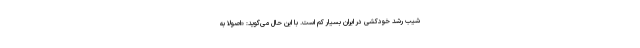
شیب رشد خودکشی در ایران بسیار کم است. با این حال می‌گوید: «اصولا به